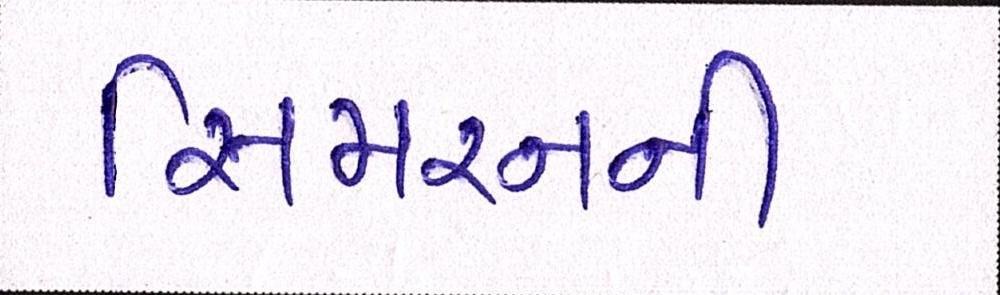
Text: સિમરનની